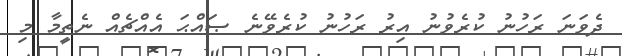
ދެވަނަ ރަހުނު ކުރެވުނު އިރު ރަހުނު ކުރެވޭނެ ޞައްޙަ އެއްޗެއް ނެތީމާ މި